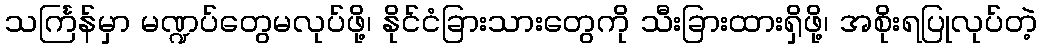
သင်္ကြန်မှာ မဏ္ဍပ်တွေမလုပ်ဖို့၊ နိုင်ငံခြားသားတွေကို သီးခြားထားရှိဖို့၊ အစိုးရပြုလုပ်တဲ့